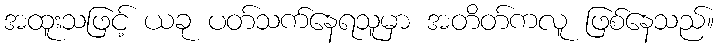
အထူးသဖြင့် ယခု ပတ်သက်နေရသူမှာ အတိတ်ကလူ ဖြစ်နေသည်။